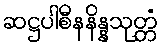
ဆဋ္ဌပါစီနနိန္နသုတ္တံ